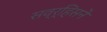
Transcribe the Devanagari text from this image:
सव्र्हिसने